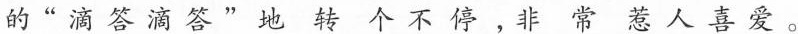
的“滴答滴答”地转个不停，非常惹人喜爱。